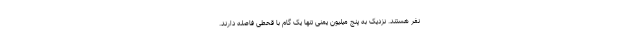
نفر هستند. نزدیک به پنج میلیون یمنی تنها یک گام با قحطی فاصله دارند.